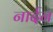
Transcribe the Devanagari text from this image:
नार्दन